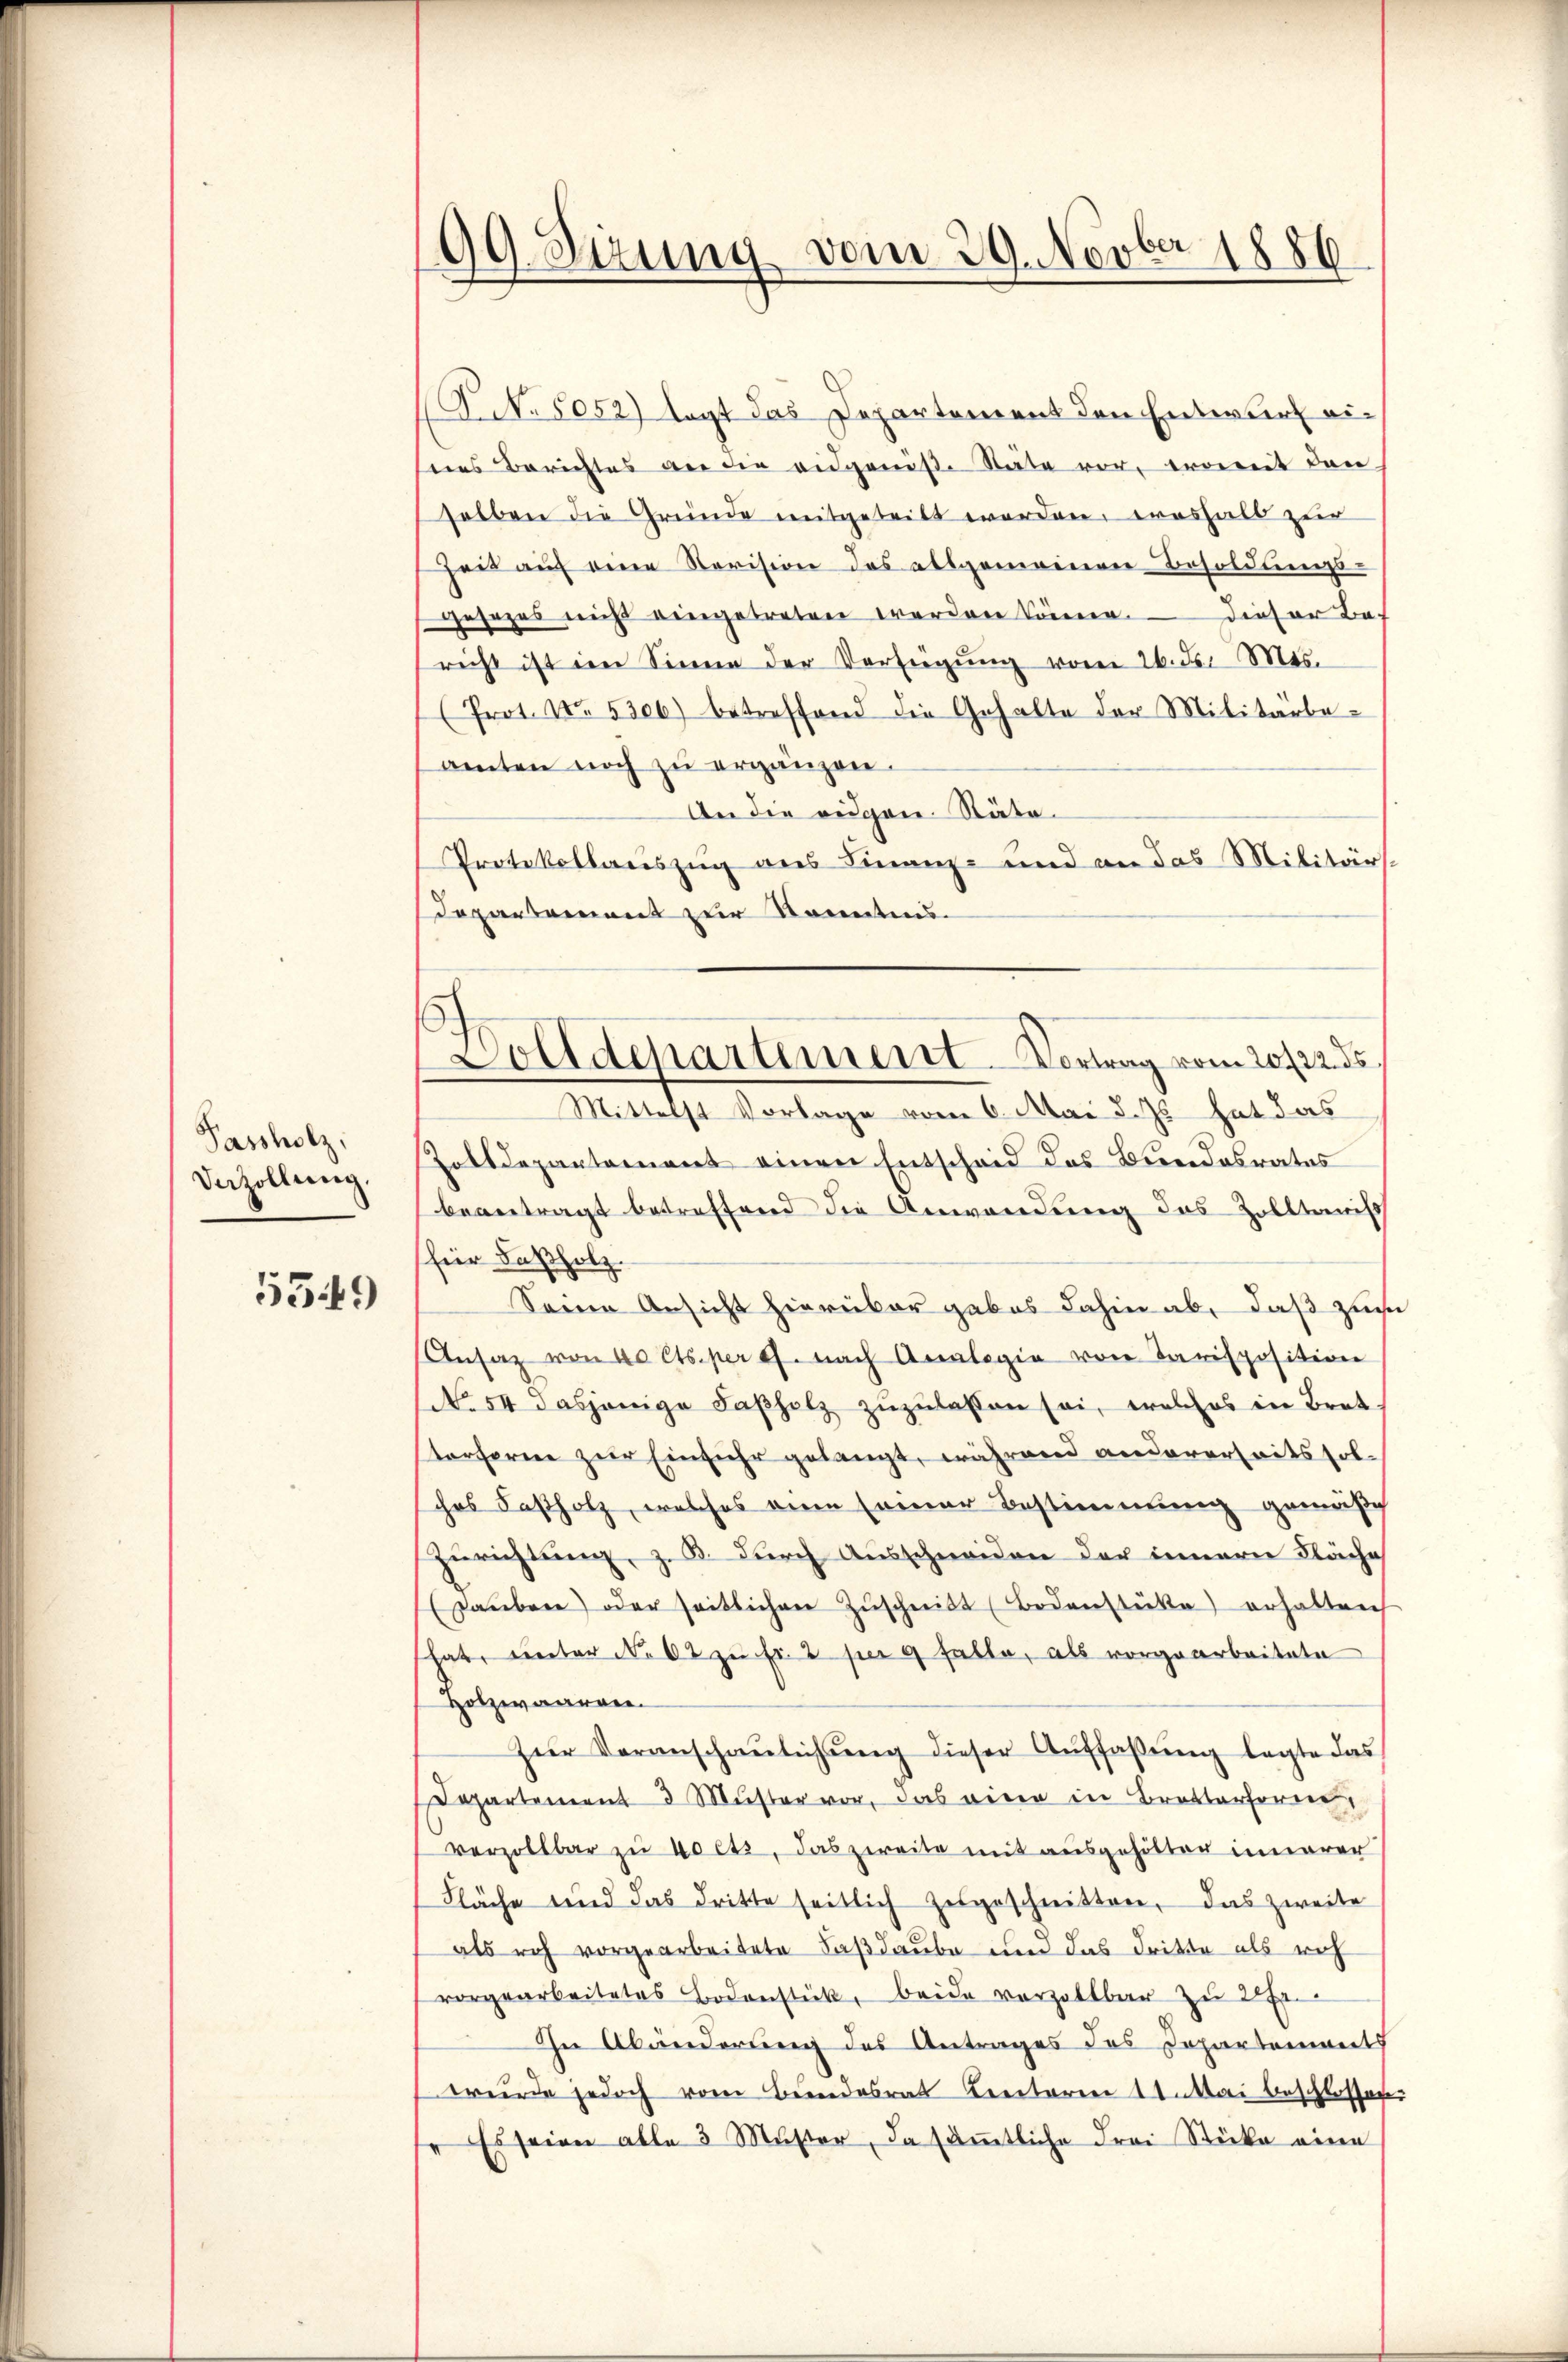
Passholz,
Vazollung.

5549

99. Sprung vom 29. Novber 1886

N. 5052) sagt das Departement den Entwurf eises Berichtes an die eidgemeste Stäte vor, erweit den
selben die Gründe mitgeteilt werden, weshalb zur
heit auf eine Revision des allgemeinen Besoldungs-
gesezes nicht eingetreten werden könne. — Dieser Bericht ist im Sinne der Verfügŭng vom 26. d. Mts.
(Prot. No. 5306) betreffend die Gehalte der Militärbe-
amten noch zu ergänzen.
An die eidgen. Räte¬
Protokollauszug aus Finanz- und an das Militärs-
Departement zur Konntens.
Zolldepartement einen Entscheid des Bundesrates
beantragt betreffend die Anwendung des Zolltanis
für Faßholz.
Seine Ansicht hierüber gabes dahin ab, daß zur
Ansaz von 40 Cts. per es. nach Analogie von Parisposition
No. 54 dasjenige Sapholz zŭzŭlassen sei, welches in Brettorferne zur Einfuhr gelangt, während andererseits sol-
ches Faßholz, welches eine seiner Bestimmung gemäßig
Zurichtung, z. B. durch Ausschneiden der innern Fläche
saŭben) oder seitlichen Zŭschnitt (Bodenstücke) erhalten
hat, unter No 62 zu Fr. 2 f g falle, als vorgearbeitete
Holzwaaren.
Zŭr Voranschaulichung dieser Auffaßung legte das
Departement 3 Müster vor, das eine in Bretterferne,
verzollbar zu hocts, das zweite mit ausgehölter innerer
Fläche und das dritte seitlich zugeschnitten, das zweite
als rich vorgearbeitete Faßdaube und das dritte als rich
vorgearbeitetes Bodenstück, beide vorzollbar zu 2
In Abänderung des Antrages des Departements
wurde jedoch vom Bundesrat Kentoren 11 Mai beschlossen
Es seinen alle 3 Muster, da sämtliche Frei Stücke eine

Dolldchartement. Vortrag vom 20/22. ds.
Mittelst Vorlage vom 6. Mai d. Js. hat das